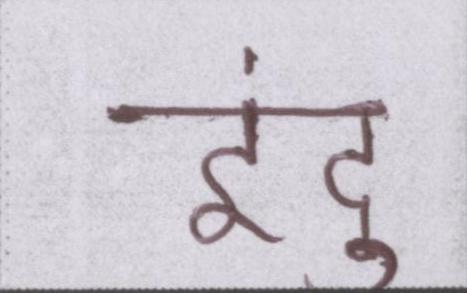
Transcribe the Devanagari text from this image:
इंदु